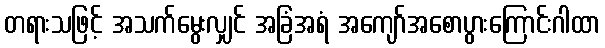
တရားသဖြင့် အသက်မွေးလျှင် အခြံအရံ အကျော်အစောပွားကြောင်းဂါထာ